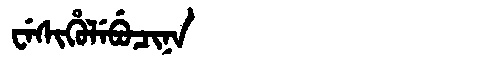
Manchu: ᠸᡝᠰᡳᡥᡠᠯᡝᠪᡠᠴᡳᠨᠠ
Romanization: WESIHULEBUCINA